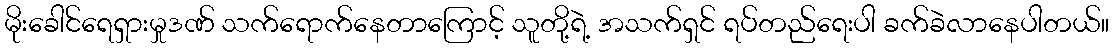
မိုးခေါင်ရေရှားမှုဒဏ် သက်ရောက်နေတာကြောင့် သူတို့ရဲ့ အသက်ရှင် ရပ်တည်ရေးပါ ခက်ခဲလာနေပါတယ်။